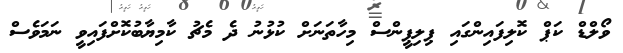
ވޯލްޑް ކަޕް ކޮލިފައިންގައި ޕިލިޕީންސް މިހާތަނަށް ކުޅުނު ދެ މެޗު ކާމިޔާބުކޮށްފައިވީ ނަމަވެސް